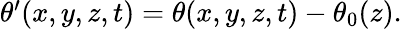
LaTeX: \begin{array}{r}{\theta^{\prime}(x,y,z,t)=\theta(x,y,z,t)-\theta_{0}(z).}\end{array}